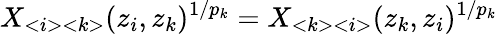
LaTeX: X_{<i><k>}(z_{i},z_{k})^{1/p_{k}}=X_{<k><i>}(z_{k},z_{i})^{1/p_{k}}